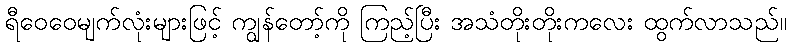
ရီဝေဝေမျက်လုံးများဖြင့် ကျွန်တော့်ကို ကြည့်ပြီး အသံတိုးတိုးကလေး ထွက်လာသည်။